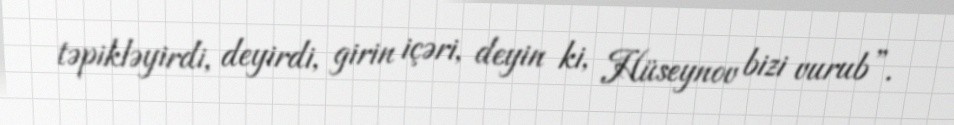
təpikləyirdi, deyirdi, girin içəri, deyin ki, Hüseynov bizi vurub”.